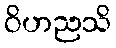
ဝိဟညသိ